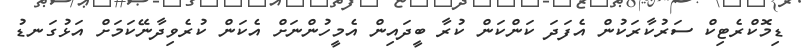
ޑިމޮކްރެޓިކް ސަރުކާރަކުން އެފަދަ ކަންކަން ކުރާ ބީދައިން އެމީހުންނަށް އެކަން ކުރެވިދާނޭކަމަށް އަޅުގަނޑު